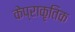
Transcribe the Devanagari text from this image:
केप्राकृतिक